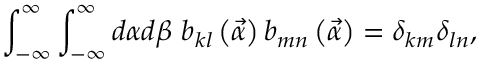
\int _ { - \infty } ^ { \infty } \int _ { - \infty } ^ { \infty } d \alpha d \beta \ b _ { k l } \left( \vec { \alpha } \right) b _ { m n } \left( \vec { \alpha } \right) = \delta _ { k m } \delta _ { l n } ,